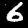
Digit: 6